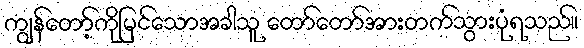
ကျွန်တော့်ကိုမြင်သောအခါသူ တော်တော်အားတက်သွားပုံရသည်။